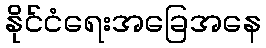
နိုင်ငံရေးအခြေအနေ